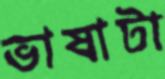
ভাষাটা